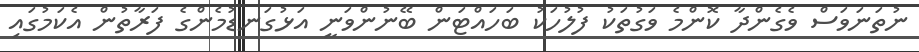
ނުތަނަވަސް ވެގެންދާ ކޮންމެ ވަގުތަކު ފުލުހަކު ބަހައްޓަން ބޭނުންވަނީ އަޅުގަނޑުމެންގެ ފަރާތުން އެކަމުގައި